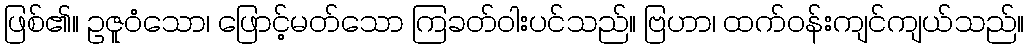
ဖြစ်၏။ ဥဇူဝံသော၊ ဖြောင့်မတ်သော ကြခတ်ဝါးပင်သည်။ ဗြဟာ၊ ထက်ဝန်းကျင်ကျယ်သည်။